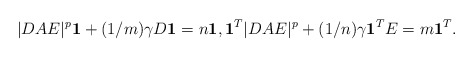
\begin{align*}|DAE|^p \mathbf{1} + (1/m)\gamma D\mathbf{1} =n \mathbf{1}, \mathbf{1}^T |DAE|^p + (1/n)\gamma \mathbf{1}^TE=m \mathbf{1}^T.\end{align*}